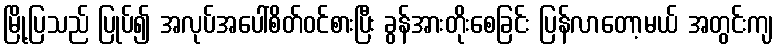
မြို့ပြသည် ပြုပ်၍ အလုပ်အပေါ်စိတ်ဝင်စားပြီး ခွန်အားတိုးစေခြင်း ပြန်လာတော့မယ် အတွင်းကျ